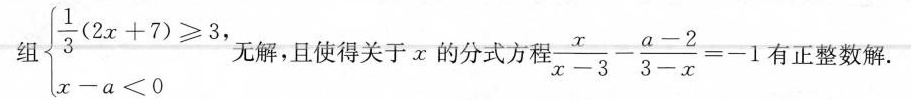
组 $$\left \ { \begin { matrix } \frac { 1 } { 3 } ( 2 x + 7 ) \geq 3 \\ x - a < 0 \\ \end{ matrix } \right$$ 无解，且使得关于x的分式方程 $$\frac { x } { x - 3 } - \frac { a - 2 } { 3 - x } = - 1$$ 有正整数解.